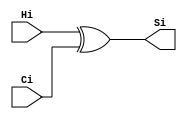
module diamond
(
  input   Hi,
  input   Ci,

  output   Si
);

always @(*) begin
  Si = Hi ^ Ci;
end

endmodule